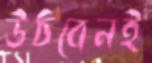
উঠবেনই